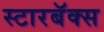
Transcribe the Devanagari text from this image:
स्टारबॅक्स